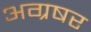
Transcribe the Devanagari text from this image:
अग्रषर